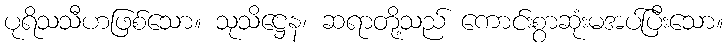
ပုရိသသီဟဖြစ်သော။ သုသိဋ္ဌေန၊ ဆရာတို့သည် ကောင်းစွာဆုံးမအပ်ပြီးသော။